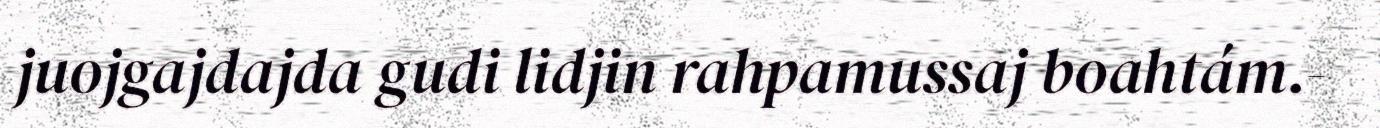
juojgajdajda gudi lidjin rahpamussaj boahtám.-